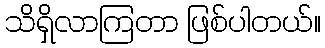
သိရှိလာကြတာ ဖြစ်ပါတယ်။